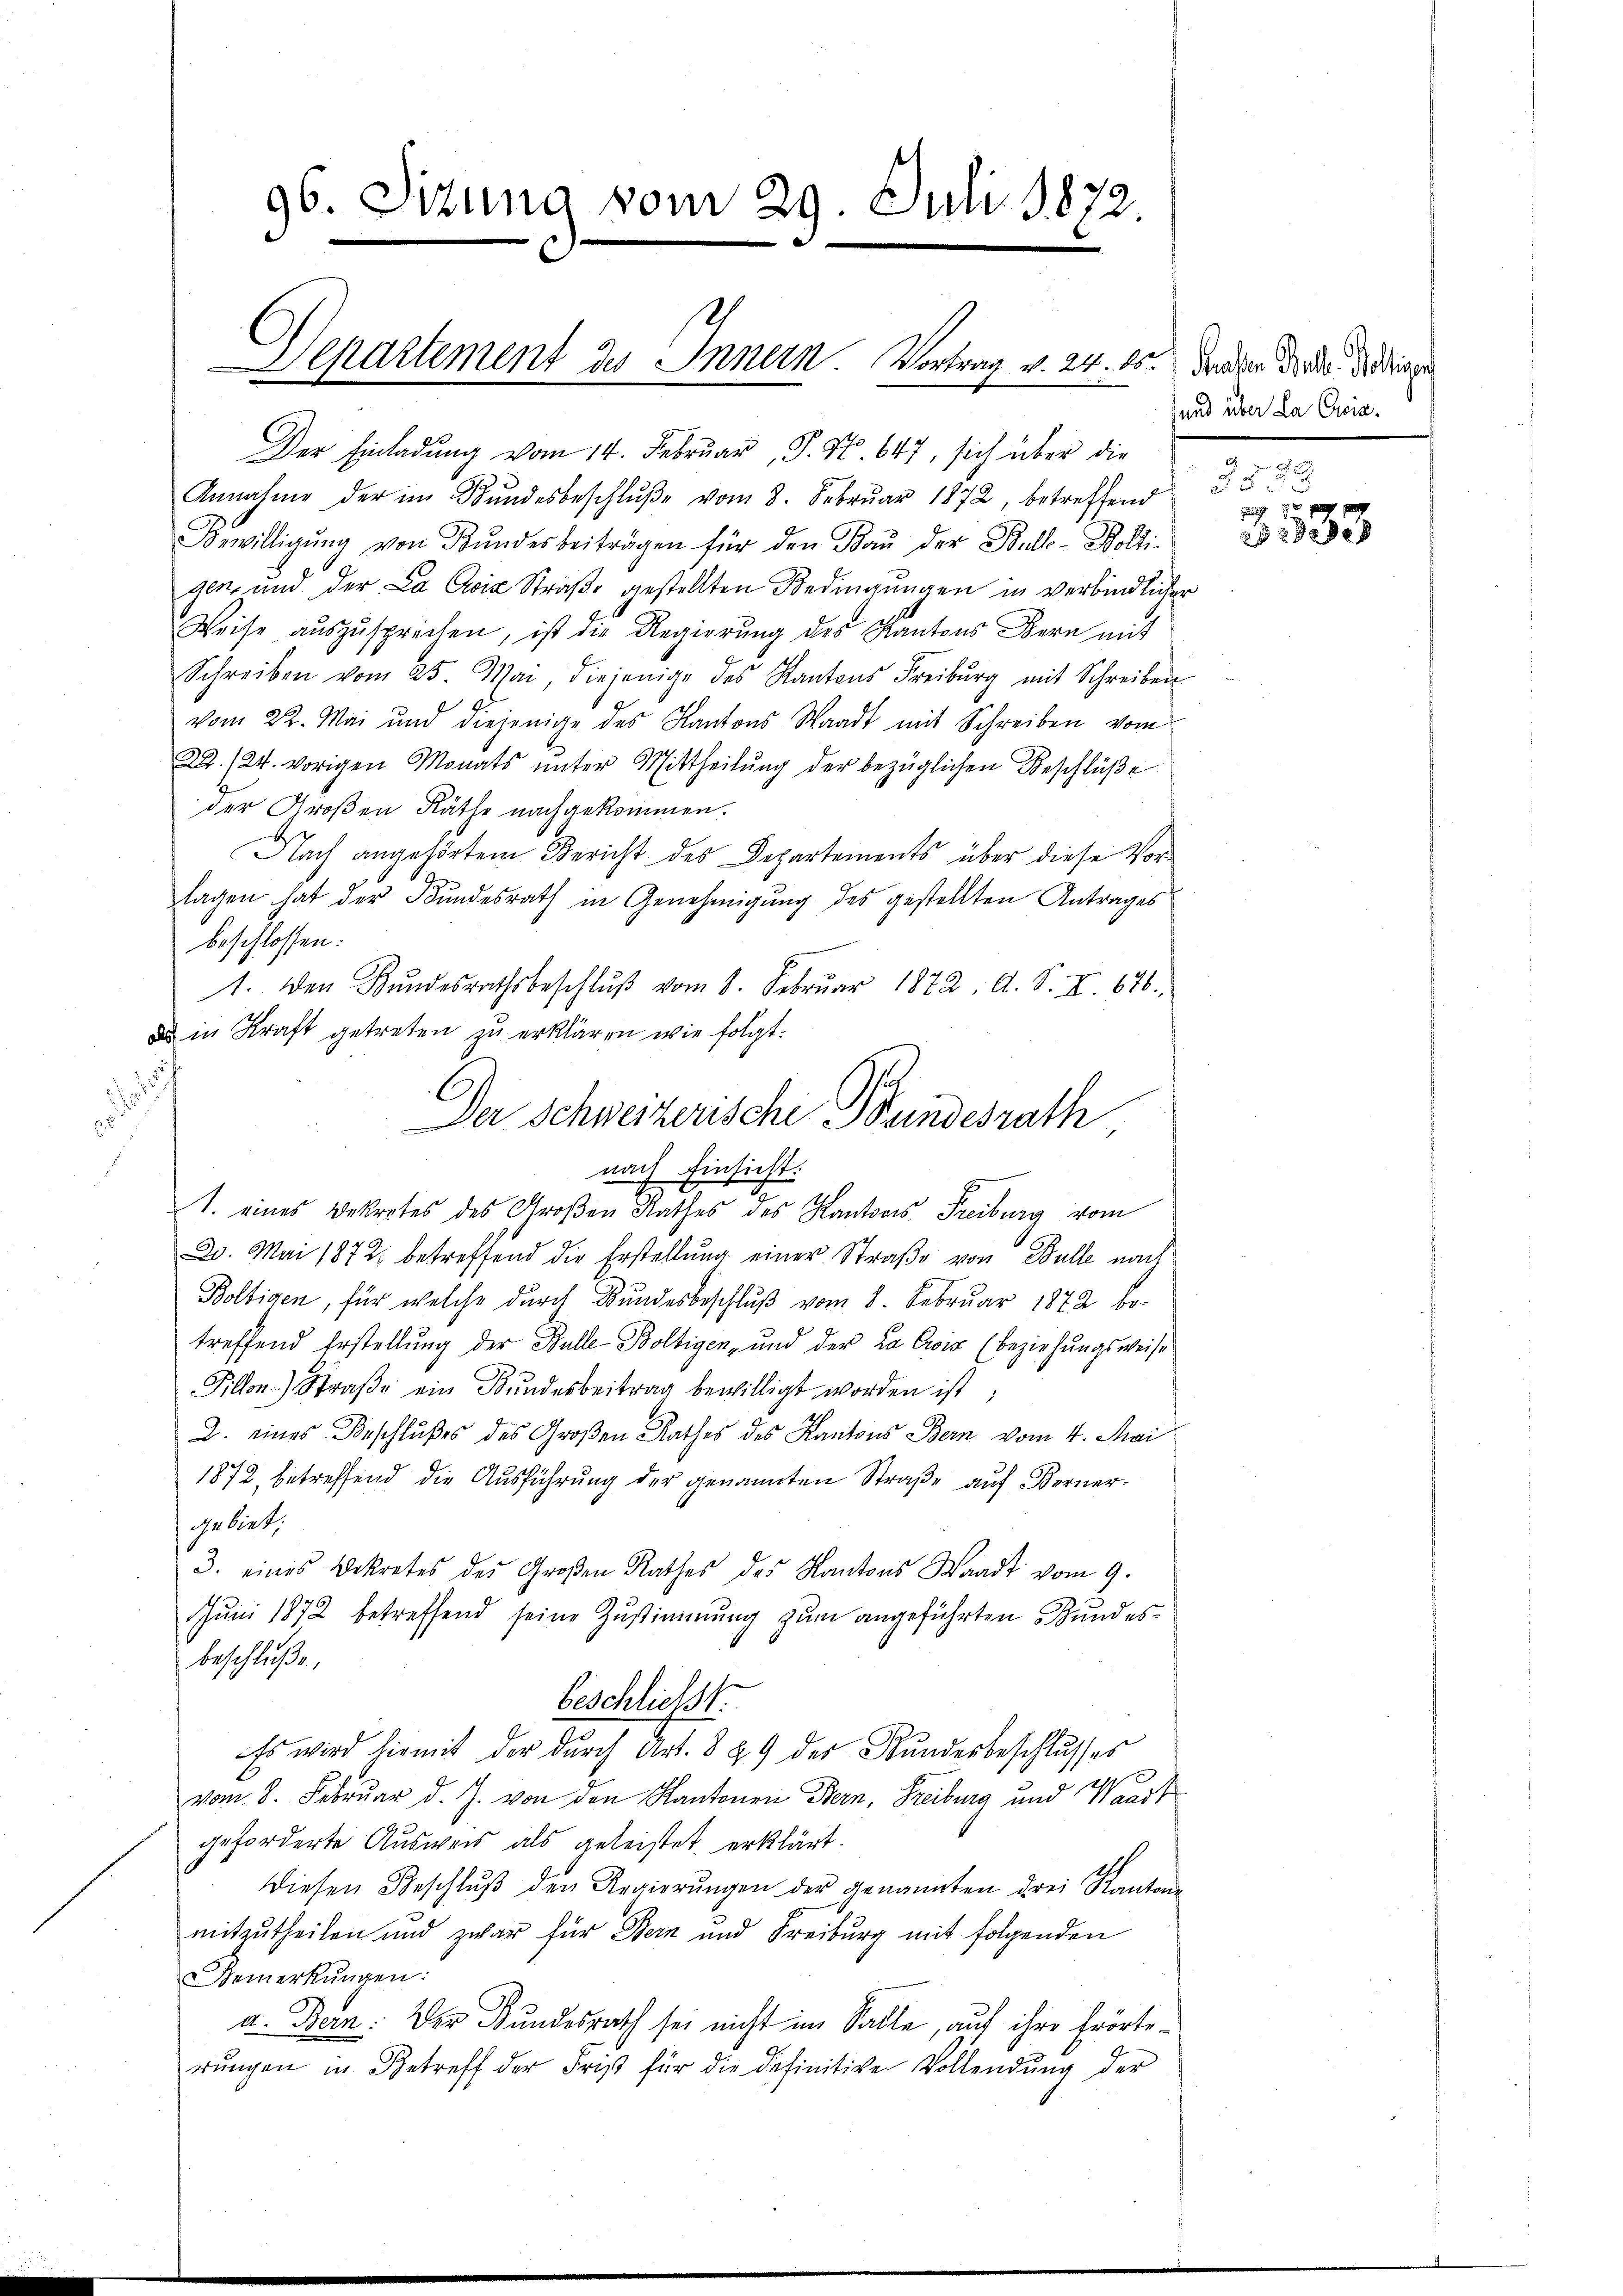
96. Situng vom 29. Juli 1872.

Departement des Innern Vortrag v. 24. 15.

Der Einladung vom 14. Februar, P. Nr. 647, sich über die
Annahme der in Bŭndesbeschlŭβe vom 8. Febrŭar 1872, betreffend
Bewilligŭng von Bŭndesbeiträgen für den Baŭ der Bull-Bolti-
gen, und der La Cix Straße gestellten Bedingungen in verbindlicher
Weise aŭszŭsprechen, ist die Regierŭng des Kantons Bern mit
Schreiben vom 25. Mai, diejenige des Kantons Freiburg mit Schreiben
vom 22. Mai und diejenige des Kantons Waadt mit Schreiben vom
22./24. vorigen Monats unter Mittheilung der bezüglichen Beschlüße
der Großen Räthe nachgekommen.
Nach angehörtem Bericht des Departements über diese Vor-
lagen hat der Bundesrath in Genehmigung des gestellten Antrages
beschlossen:
1. Den Bŭndesrathsbeschlŭβ vom 8. Febrŭar 1872. A. S. XI. 676.
 in Kraft getreten zu erklären wie folgt:

1. eines Bekretes des Großen Rathes des Kantons Freiburg vom
20. Mai 1872 betreffend die Erstellung einer Straße von Bulle nach
Boltigen, für welche durch Bundesbeschlŭβ vom 8. Februar 1872 be-
treffend Erstellung der Bulle-Boltigen, und der Da Eis (beziehŭngsweise
Fillon Straβe ein Bŭndesbeitrag bewilligt worden ist;
2. eines Beschlußes des Großen Rathes des Kantons Bern vom 4. Mai
1872, betreffend die Ausführung der genannten Straße auf Fernergelieb.
3. eines Dekretes des Großen Rathes des Kantons Waadt vom 9.
Juni 1872 betreffend seine Zustimmung zum angeführten Bundesbeschluße
beschliesst
Es wird hiemit der durch Art. 8 89 der Bundesbeschlusses
vom 8. Februar d. J. von den Kantonen Bern, Freiburg und Waadt
geforderte Ausweis als geleistet erklärt.
diesen Beschlŭβ den Regierŭngen der genannten drei Kantone
mitzutheilen und zwar für Bern und Freiburg mit folgenden
Bemerkŭngen:
a. Bern: Der Bundesrath sei nicht im Salle, auf ihre Erörterŭngen in Betreff der Frist für die definitive Vollendŭng der

Der Schweizerische Beindesrath
nach Einsicht.

Prasser Bartl. Bolligen
und über La Civis.

§ 5 d

3333.